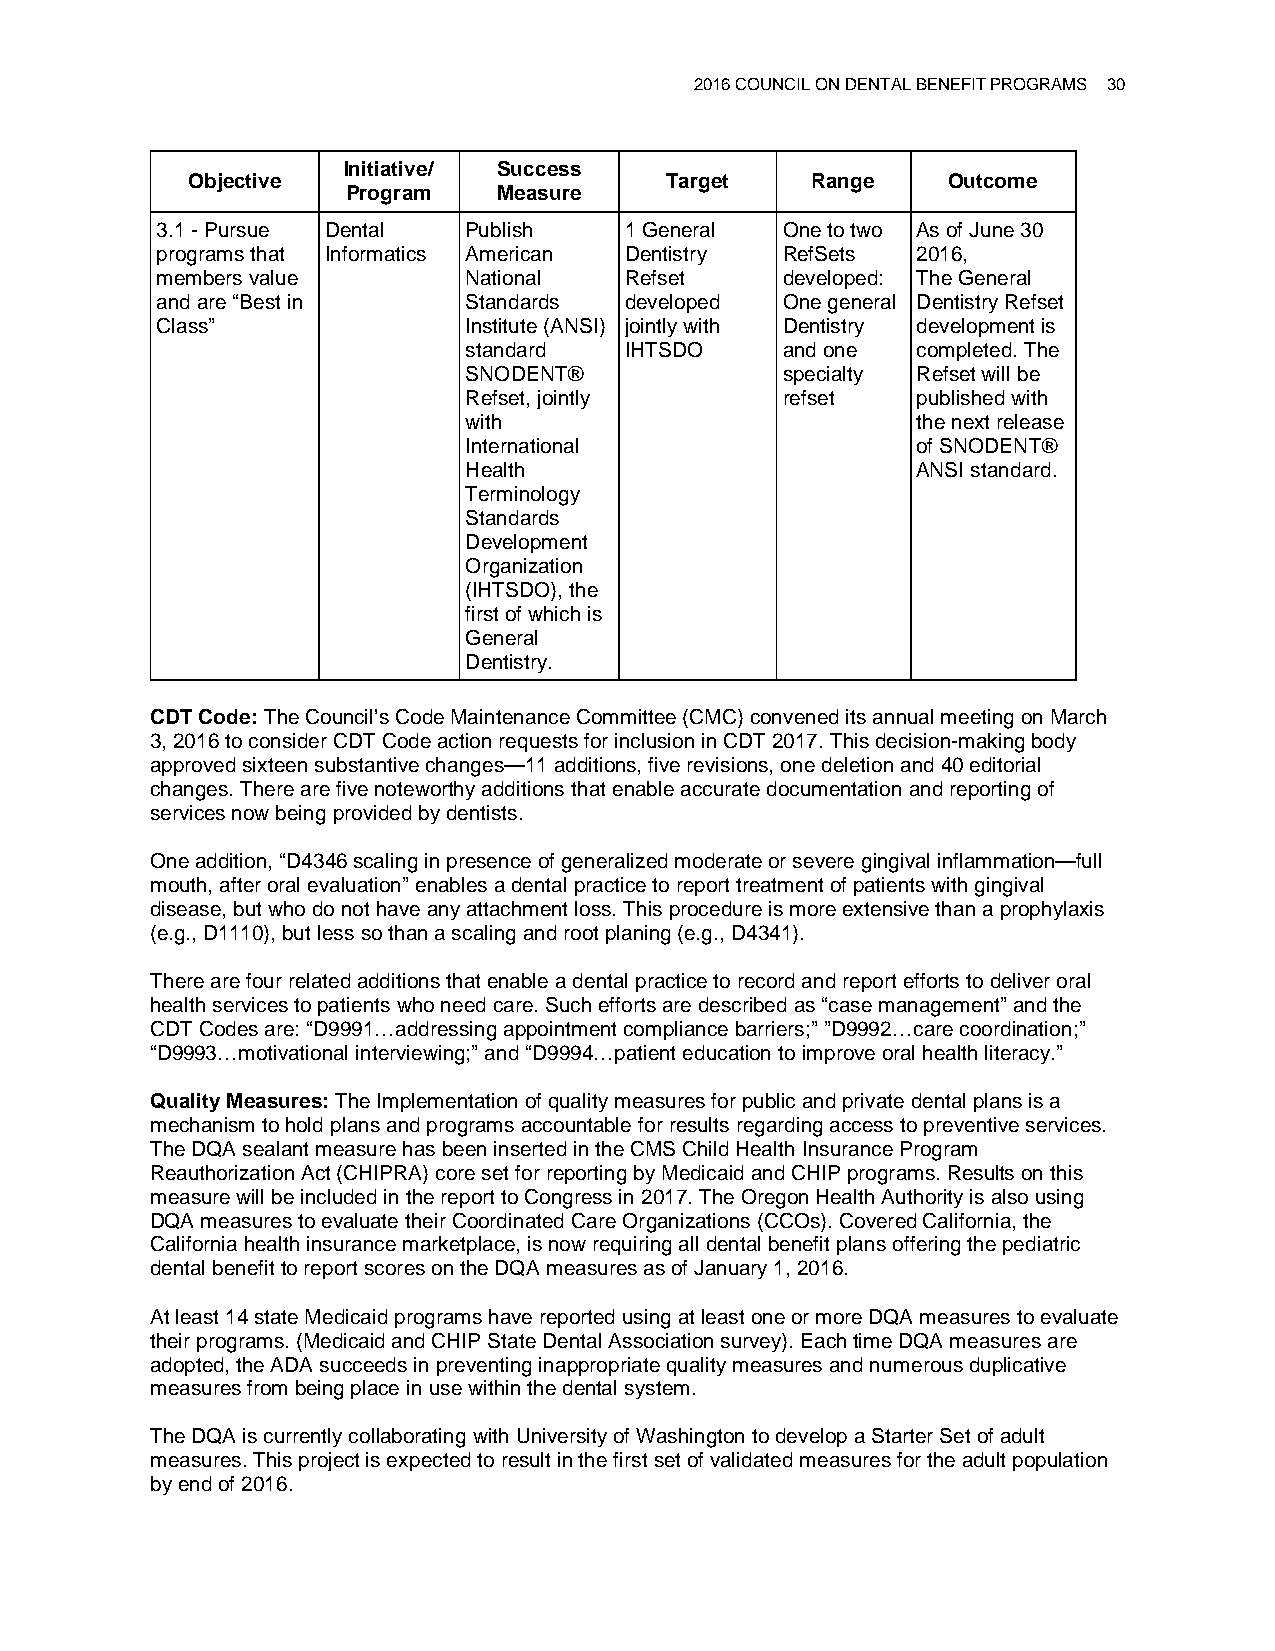
2016 COUNCIL ON DENTAL BENEFIT PROGRAMS 30
 Initiative/ Success
 Objective                       Target    Range    Outcome
 Program   Measure
 3.1 - Pursue Dental  Publish   1 General  One to two As of June 30
 programs that Informatics American Dentistry RefSets 2016,
 members value        National  Refset     developed: The General
 and are “Best in     Standards developed  One general Dentistry Refset
 Class”               Institute (ANSI) jointly with Dentistry development is
 standard  IHTSDO     and one  completed. The
 SNODENT®             specialty Refset will be
 Refset, jointly      refset   published with
 with                          the next release
 International                 of SNODENT®
 Health                        ANSI standard.
 Terminology
 Standards
 Development
 Organization
 (IHTSDO), the
 first of which is
 General
 Dentistry.
 CDT Code: The Council’s Code Maintenance Committee (CMC) convened its annual meeting on March
 3, 2016 to consider CDT Code action requests for inclusion in CDT 2017. This decision-making body
 approved sixteen substantive changes—11 additions, five revisions, one deletion and 40 editorial
 changes. There are five noteworthy additions that enable accurate documentation and reporting of
 services now being provided by dentists.
 One addition, “D4346 scaling in presence of generalized moderate or severe gingival inflammation—full
 mouth, after oral evaluation” enables a dental practice to report treatment of patients with gingival
 disease, but who do not have any attachment loss. This procedure is more extensive than a prophylaxis
 (e.g., D1110), but less so than a scaling and root planing (e.g., D4341).
 There are four related additions that enable a dental practice to record and report efforts to deliver oral
 health services to patients who need care. Such efforts are described as “case management” and the
 CDT Codes are: “D9991…addressing appointment compliance barriers;” ”D9992…care coordination;”
 “D9993…motivational interviewing;” and “D9994…patient education to improve oral health literacy.”
 Quality Measures: The Implementation of quality measures for public and private dental plans is a
 mechanism to hold plans and programs accountable for results regarding access to preventive services.
 The DQA sealant measure has been inserted in the CMS Child Health Insurance Program
 Reauthorization Act (CHIPRA) core set for reporting by Medicaid and CHIP programs. Results on this
 measure will be included in the report to Congress in 2017. The Oregon Health Authority is also using
 DQA measures to evaluate their Coordinated Care Organizations (CCOs). Covered California, the
 California health insurance marketplace, is now requiring all dental benefit plans offering the pediatric
 dental benefit to report scores on the DQA measures as of January 1, 2016.
 At least 14 state Medicaid programs have reported using at least one or more DQA measures to evaluate
 their programs. (Medicaid and CHIP State Dental Association survey). Each time DQA measures are
 adopted, the ADA succeeds in preventing inappropriate quality measures and numerous duplicative
 measures from being place in use within the dental system.
 The DQA is currently collaborating with University of Washington to develop a Starter Set of adult
 measures. This project is expected to result in the first set of validated measures for the adult population
 by end of 2016.